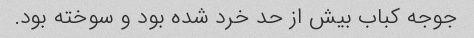
جوجه کباب بیش از حد خرد شده بود و سوخته بود.